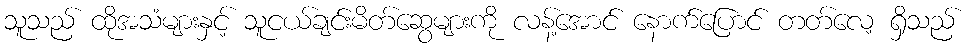
သူသည် ထိုအသံများနှင့် သူငယ်ချင်းမိတ်ဆွေများကို လန့်အောင် နောက်ပြောင် တတ်လေ့ ရှိသည်